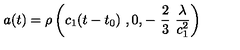
a ( t ) = \rho \left( c _ { 1 } ( t - t _ { 0 } ) \ , 0 , - \ \frac { 2 } { 3 } \ \frac { \lambda } { c _ { 1 } ^ { 2 } } \right)